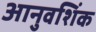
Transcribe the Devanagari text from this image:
आनुवशिंक